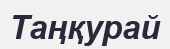
Таңқурай